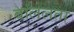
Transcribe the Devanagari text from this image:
बाललता